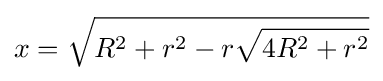
x={\sqrt {R^{2}+r^{2}-r{\sqrt {4R^{2}+r^{2}}}}}